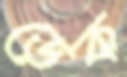
ডেক